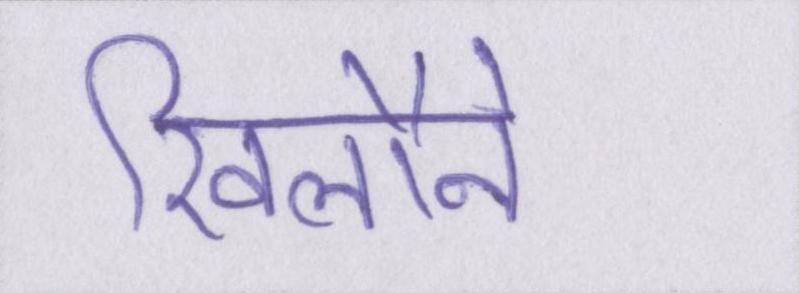
खिलौने